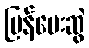
ပြန်ပေးဆွဲ